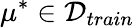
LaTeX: \mu^{*}\in\mathcal{D}_{train}